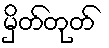
မှိတ်တုတ်